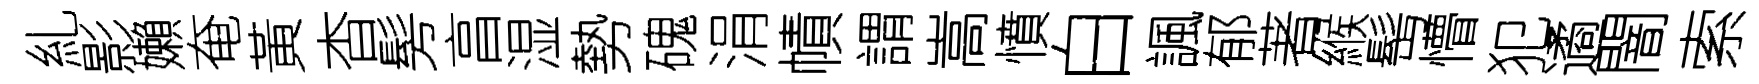
糺影嬾奄黃杳髣亯湿勢磈涓幘謂嵩憤白諷郁著緱髩懵犯遹闇索